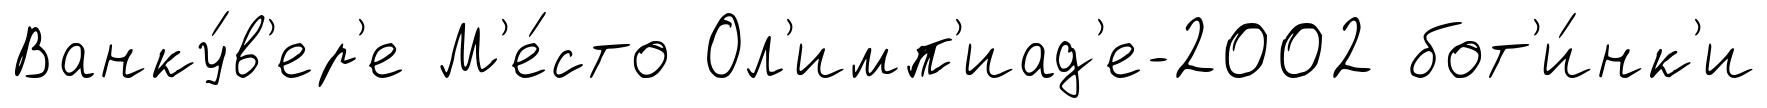
Ванку́в'ер'е М'е́сто Ол'имп'иад'е-2002 бот'и́нк'и